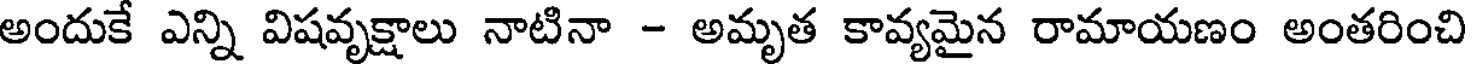
అందుకే ఎన్ని విషవృక్షాలు నాటినా - అమృత కావ్యమైన రామాయణం అంతరించి